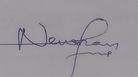
Signature authenticity: genuine